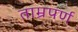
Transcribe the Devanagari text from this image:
ताम्रपर्ण